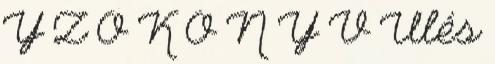
Y Z Ő K Ö N Y V Ülés